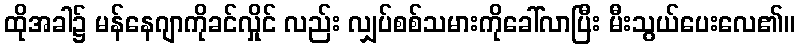
ထိုအခါ၌ မန်နေဂျာကိုခင်လှိုင် လည်း လျှပ်စစ်သမားကိုခေါ်လာပြီး မီးသွယ်ပေးလေ၏။